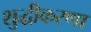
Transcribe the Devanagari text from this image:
शुद्धीकरणा